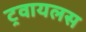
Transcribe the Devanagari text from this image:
ट्रवायलस